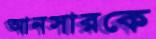
আনসারকে